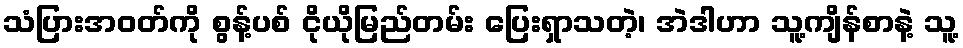
သံပြားအဝတ်ကို စွန့်ပစ် ငိုယိုမြည်တမ်း ပြေးရှာသတဲ့၊ အဲဒါဟာ သူ့ကျိန်စာနဲ့ သူ့